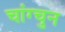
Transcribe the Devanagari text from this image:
चांग्चुन